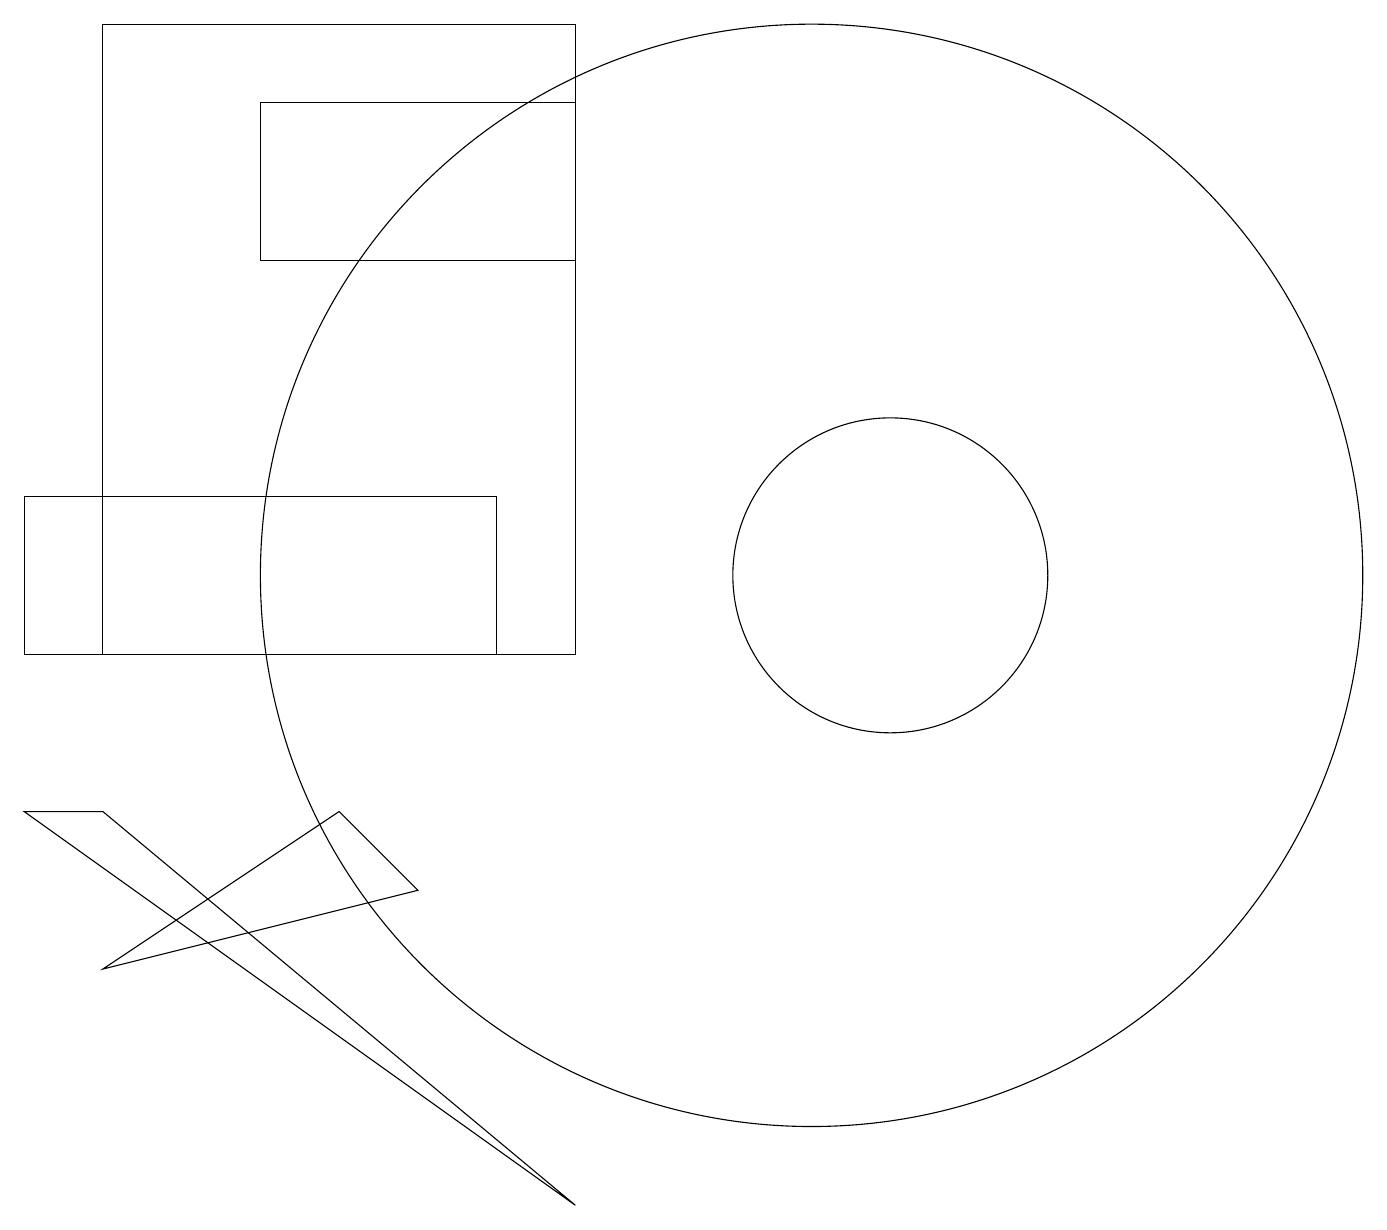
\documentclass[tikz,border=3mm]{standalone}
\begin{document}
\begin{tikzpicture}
\draw (10,11) circle (7);
\draw (6,12) rectangle (0,10);
\draw (11,11) circle (2);
\draw (1,6) -- (5,7) -- (4,8) -- cycle;
\draw (7,17) rectangle (3,15);
\draw (7,3) -- (1,8) -- (0,8) -- cycle;
\draw (1,18) rectangle (7,10);
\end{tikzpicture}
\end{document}